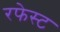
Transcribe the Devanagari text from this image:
रफेस्ट